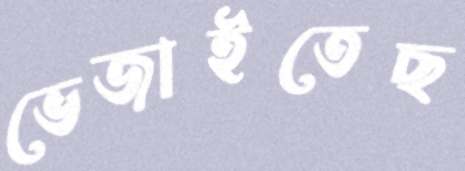
ভেজাইতেছ